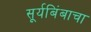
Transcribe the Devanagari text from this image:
सूर्यबिंबाचा